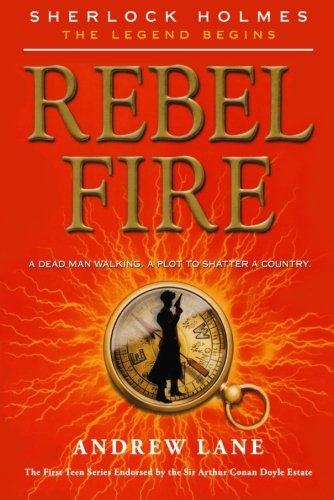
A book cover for Rebel Fire (Sherlock Holmes: The Legend Begins); Andrew Lane; Teen & Young Adult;